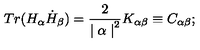
T r ( H _ { \alpha } \dot { H } _ { \beta } ) = { \frac { 2 } { { \mid \alpha \mid } ^ { 2 } } } K _ { \alpha \beta } \equiv C _ { \alpha \beta } ;